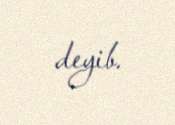
deyib.